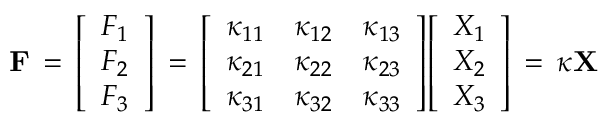
\mathbf { F } \, = \, { \left[ \begin{array} { l } { F _ { 1 } } \\ { F _ { 2 } } \\ { F _ { 3 } } \end{array} \right] } \, = \, { \left[ \begin{array} { l l l } { \kappa _ { 1 1 } } & { \kappa _ { 1 2 } } & { \kappa _ { 1 3 } } \\ { \kappa _ { 2 1 } } & { \kappa _ { 2 2 } } & { \kappa _ { 2 3 } } \\ { \kappa _ { 3 1 } } & { \kappa _ { 3 2 } } & { \kappa _ { 3 3 } } \end{array} \right] } { \left[ \begin{array} { l } { X _ { 1 } } \\ { X _ { 2 } } \\ { X _ { 3 } } \end{array} \right] } \, = \, { \boldsymbol { \kappa } } \mathbf { X }